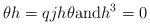
LaTeX: \begin{align*} \theta h = qjh\theta \mbox{and} h^3=0\end{align*}